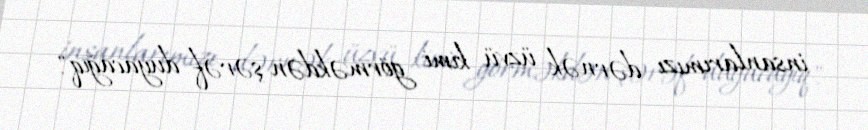
insanlarımızı dərnək üzvü kimi görməkdən şərəf duyacağıq".